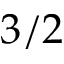
3 / 2